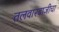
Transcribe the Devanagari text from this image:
तलवारबाजीचा